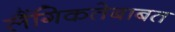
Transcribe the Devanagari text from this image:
लैंगिकतेबाबत